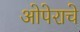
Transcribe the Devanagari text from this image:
ओपेराचे